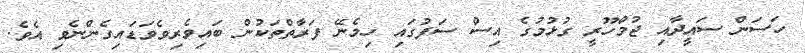
ހަސަން ސައީދާއި ޖުމްހޫރީ ގުޅުމުގެ އިސް ސަފުގައި ހިމެނޭ ފަރާތްތަކުން ބައިވެރިވެވަޑައިގެންނެވި އެވެ.